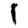
Digit: 1